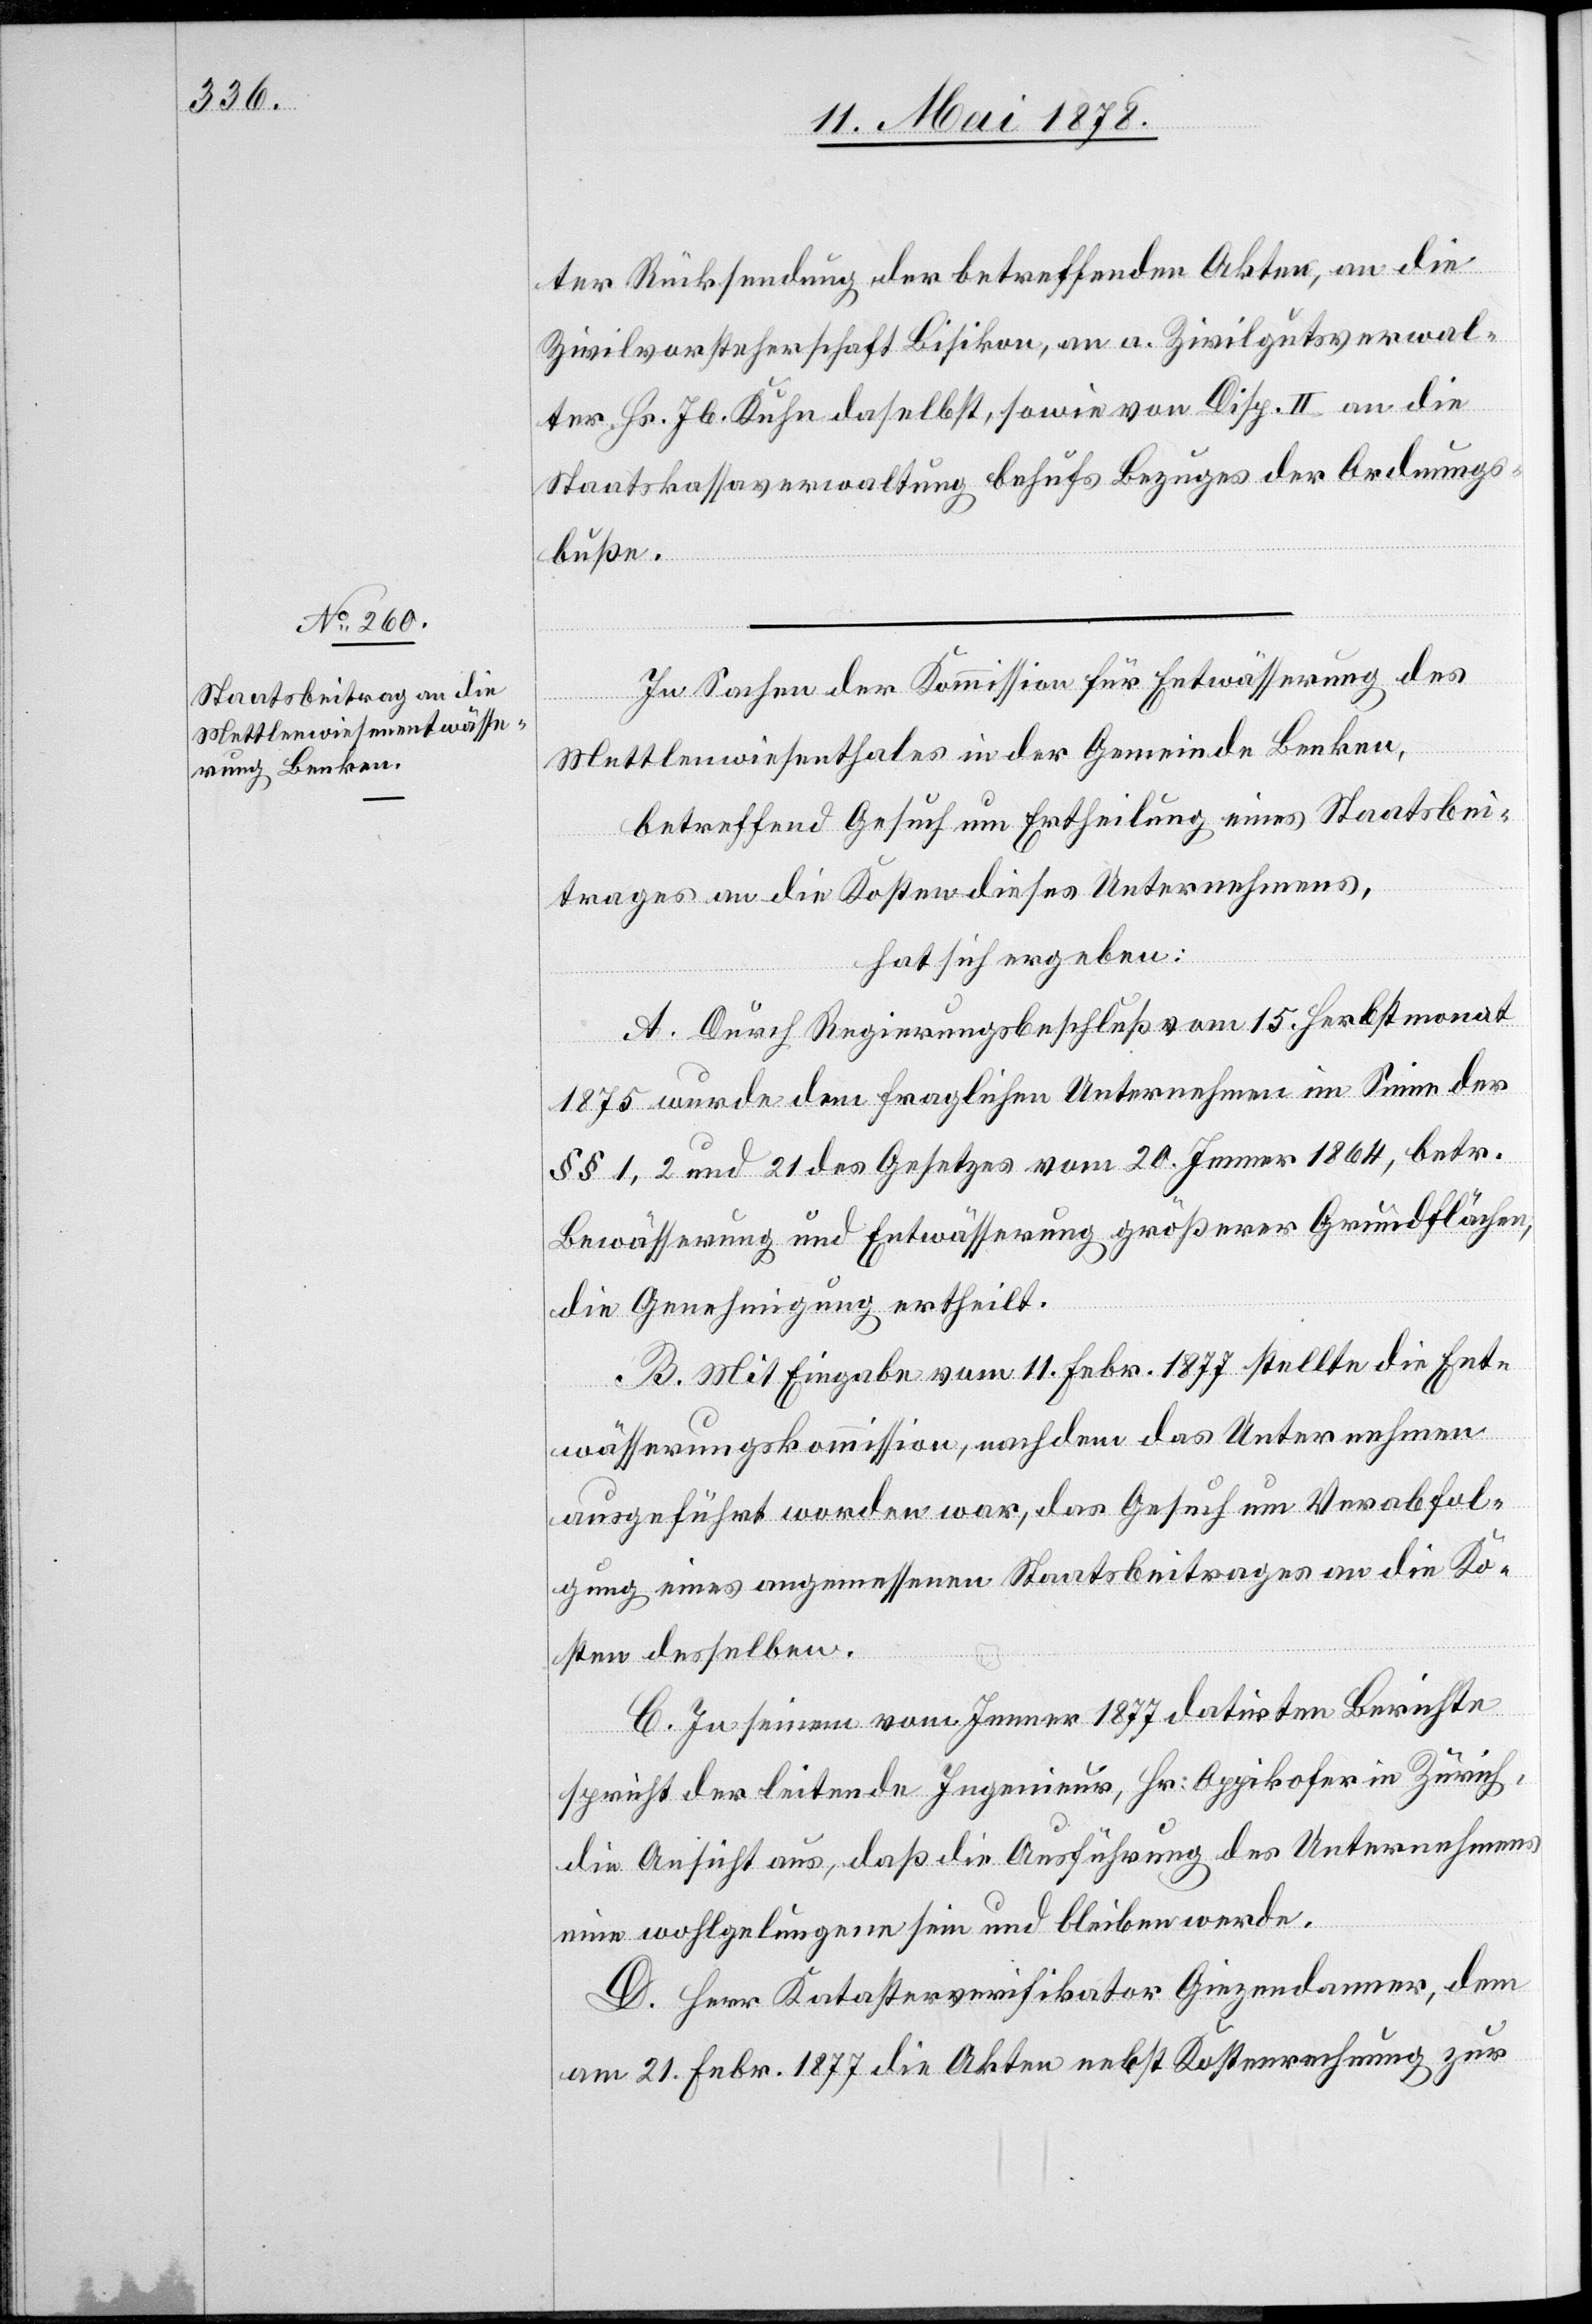
ter Rücksendung der betreffenden Akten, an die
Zivilvorsteherschaft Bisikon, an a. Zivilgutsverwal¬
ter Hs. Jb. Kuhn daselbst, sowie von Disp. II an die
Staatskassaverwaltung behufs Bezuges der Ordnungs¬
buße.
In Sachen der Kommission für Entwässerung des
Mettlenwiesenthales in der Gemeinde Benken,
betreffend Gesuch um Ertheilung eines Staatsbei¬
trages an die Kosten dieses Unternehmens,
hat sich ergeben:
A. Durch Regierungsbeschluß vom 15. Herbstmonat
1875 wurde dem fraglichen Unternehmen im Sinne des
§§ 1, 2 und 21 des Gesetzes vom 20. Jenner 1864, betr.
Bewässerung und Entwässerung größerer Grundflächen,
die Genehmigung ertheilt.
B. Mit Eingabe vom 11. Febr. 1877 stellte die Ent¬
wässerungskommission, nachdem das Unternehmen
ausgeführt worden war, das Gesuch um Verabfol¬
gung eines angemessenen Staatsbeitrages an die Ko¬
sten desselben.
C. In seinem vom Jenner 1877 datirten Berichte
spricht der leitende Ingenieur, Hr. Oppikofer in Zürich,
die Ansicht aus, daß die Ausführung des Unternehmens
eine wohlgelungene sein und bleiben werde.
D. Herr Katasterverifikator Giezendanner, dem
am 21. Febr. 1877 die Akten nebst Kostenrechnung zur